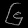
Digit: ၆